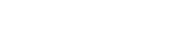
ကြည်လင်ပြတ်သားစွာ